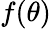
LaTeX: f(\theta)